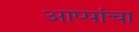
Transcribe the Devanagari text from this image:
आप्पांचा